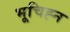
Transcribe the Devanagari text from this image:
भूचिह्न